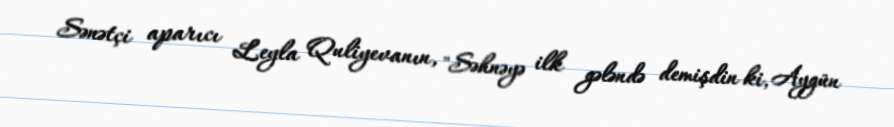
Sənətçi aparıcı Leyla Quliyevanın, "Səhnəyə ilk gələndə demişdin ki, Aygün